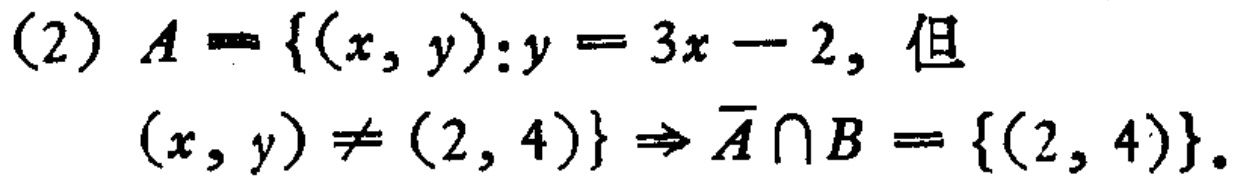
(2) \(A = \{(x, y):y = 3x - 2,\text{ 但 }(x, y)\neq(2, 4)\}\Rightarrow \overline{A}\cap B = \{(2, 4)\}\)